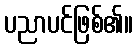
ပညာပင်ဖြစ်၏။